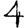
Digit: 4